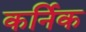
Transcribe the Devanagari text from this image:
कर्निक